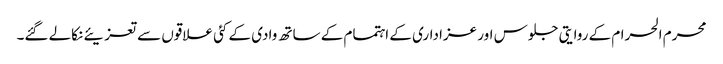
محرم الحرام کے روایتی جلوس اور عزاداری کے اہتمام کے ساتھ وادی کے کئی علاقوں سے تعزیئے نکالے گئے۔